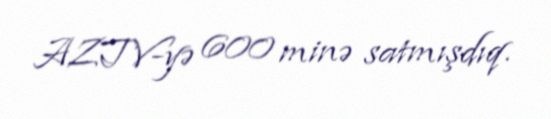
AZTV-yə 600 minə satmışdıq.